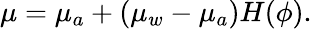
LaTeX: \mu=\mu_{a}+\left(\mu_{w}-\mu_{a}\right)H(\phi).